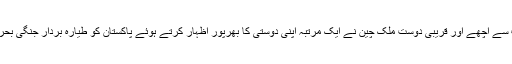
تفصیلات کے مطابق پاکستان کے سب سے اچھے اور قریبی دوست ملک چین نے ایک مرتبہ اپنی دوستی کا بھرپور اظہار کرتے ہوئے پاکستان کو طیارہ بردار جنگی بحری جہاز فراہم کرنے کا فیصلہ کیا ہے۔